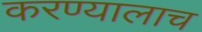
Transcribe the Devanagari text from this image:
करण्यालाच